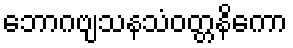
ဘောဂဗျသနသံဝတ္တနိကော